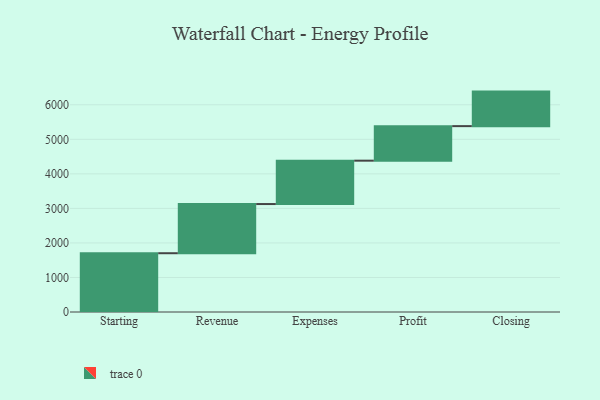
{"axis": {"x": "Step", "y": "Value"}, "legend": [""], "data": [{"x": "Starting", "y": 1702.0, "type": ""}, {"x": "Revenue", "y": 1424.0, "type": ""}, {"x": "Expenses", "y": 1256.0, "type": ""}, {"x": "Profit", "y": 1000, "type": ""}, {"x": "Closing", "y": 1000, "type": ""}]}